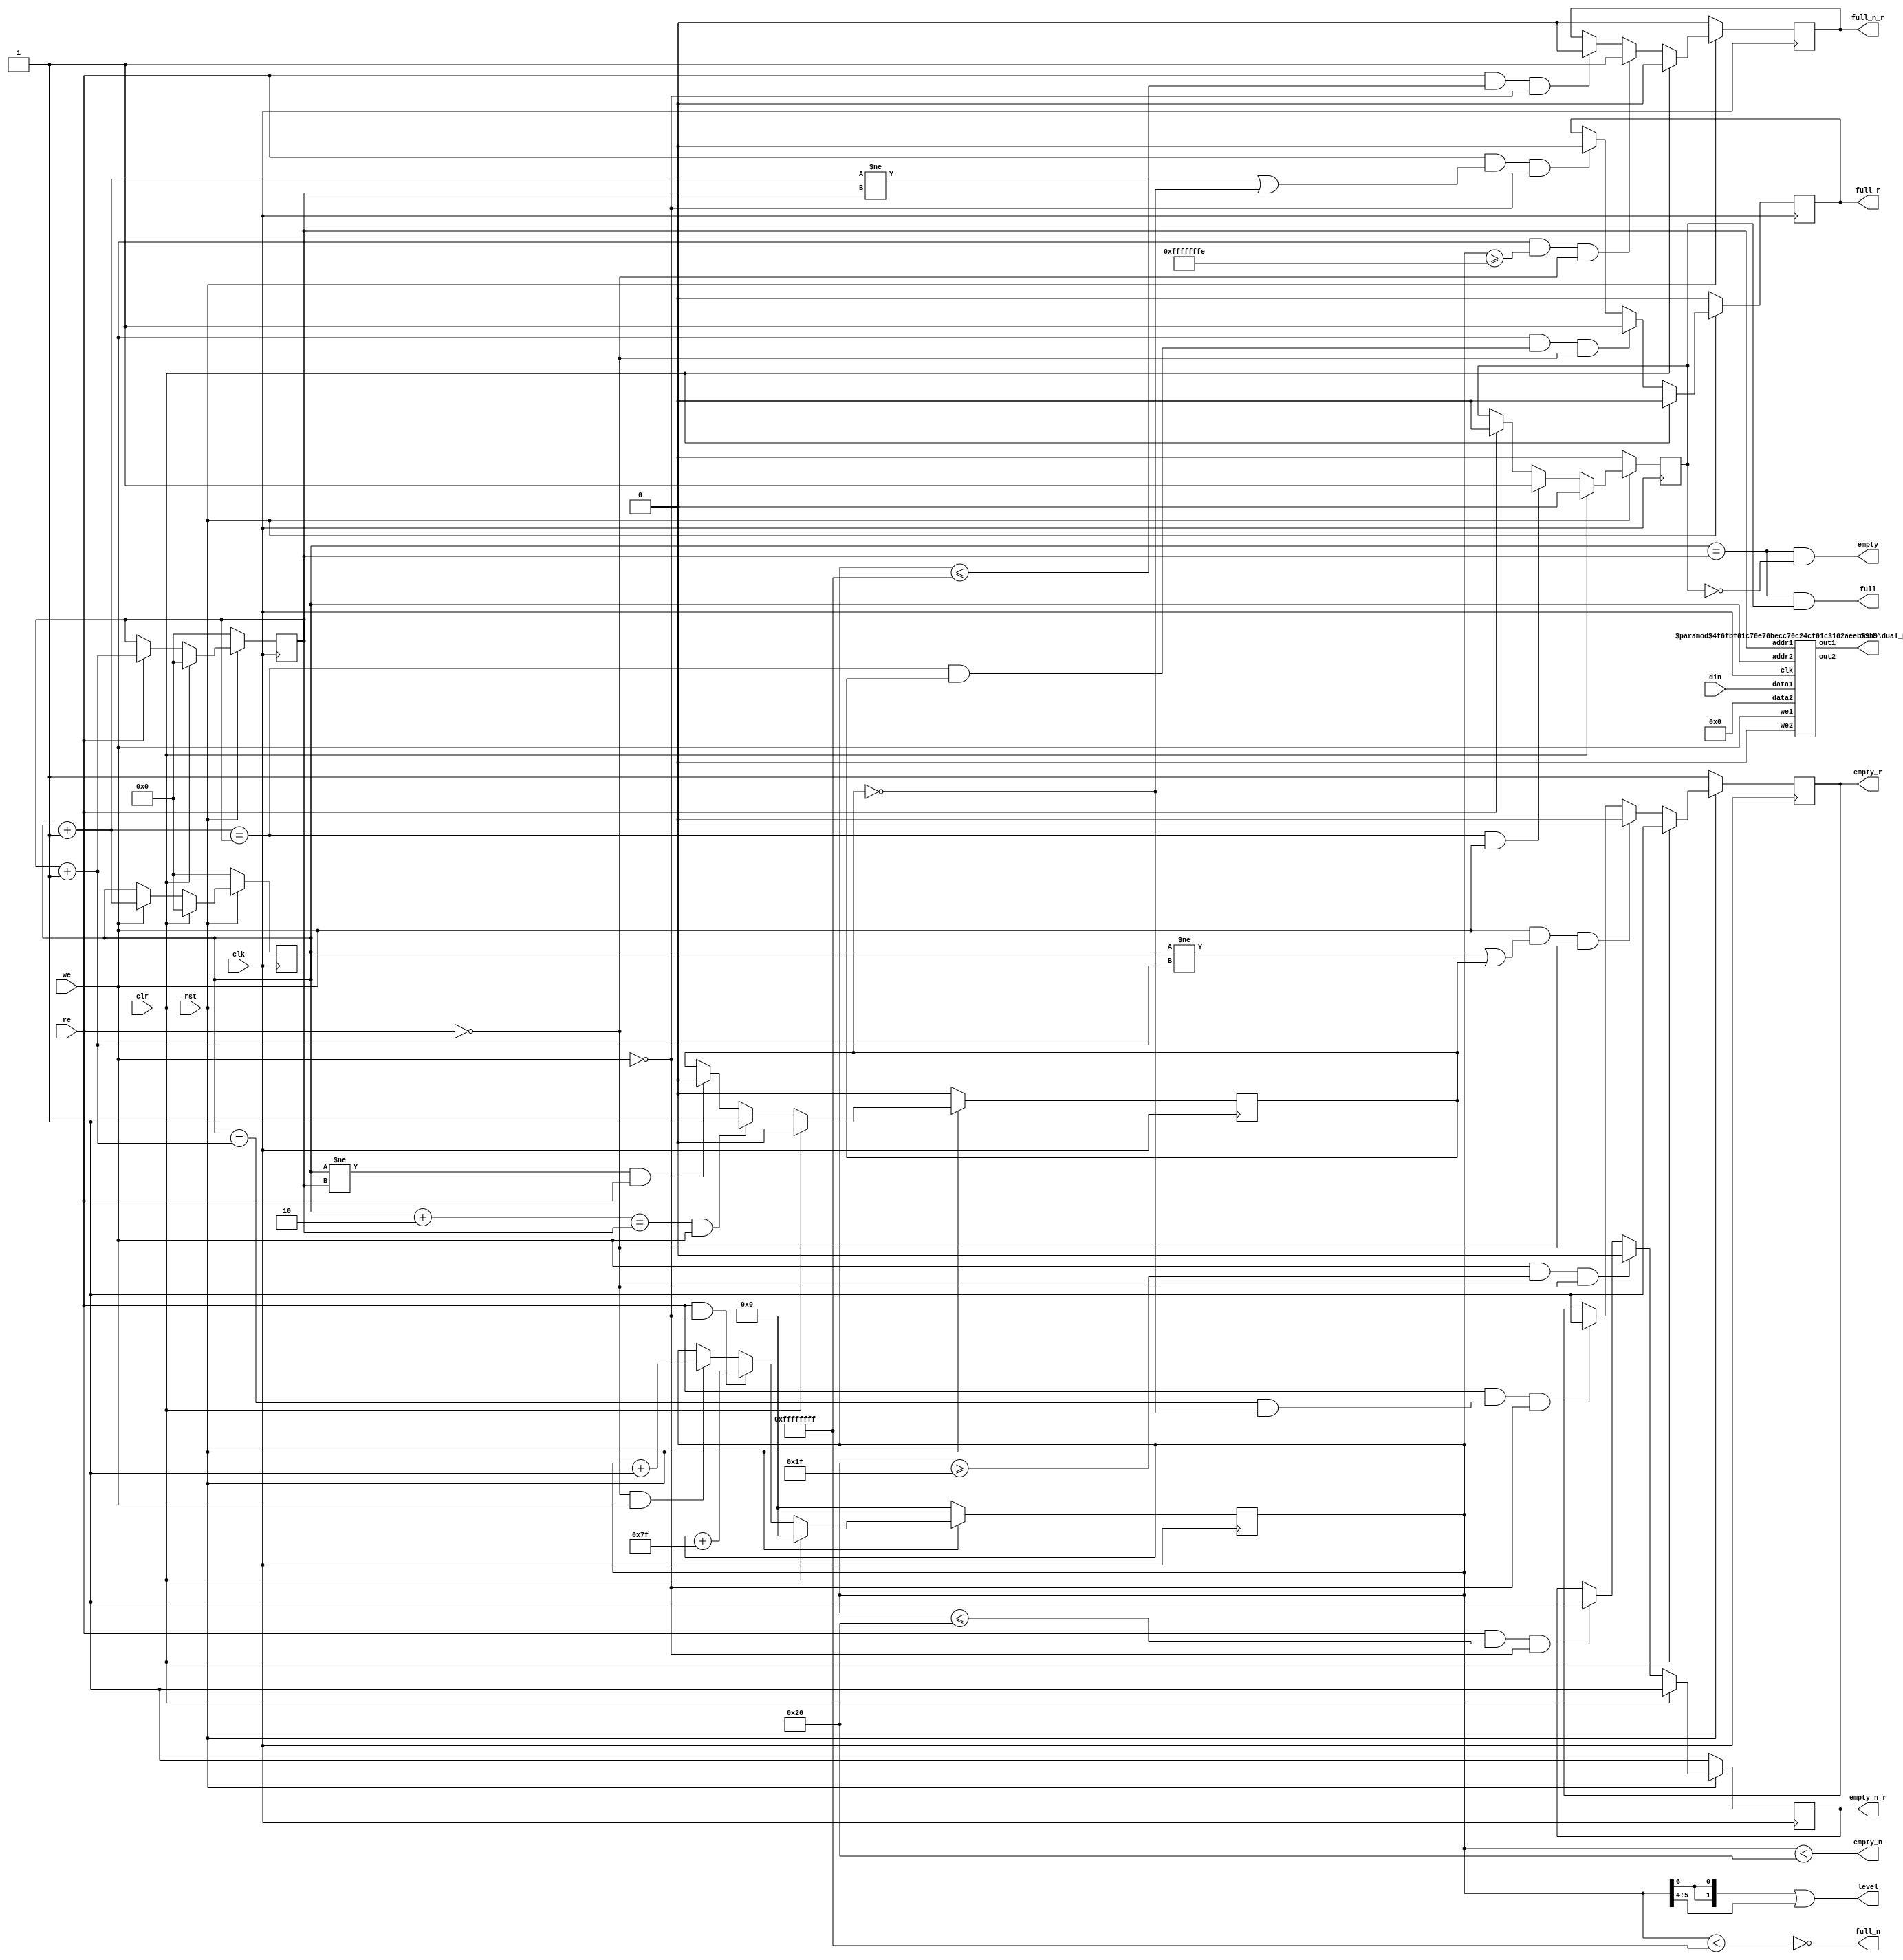
`define  n 32
`define max_size 30
`define SIMULATION_MEMORY
//`define SC_FIFO_ASYNC_RESET				// Uncomment for Syncr. reset
//`define SC_FIFO_ASYNC_RESET	or negedge rst		// Uncomment for Async. reset
 `define dwa  60
`define awa  6
//`define SC_FIFO_ASYNC_RESET				// Uncomment for Syncr. reset
//`define SC_FIFO_ASYNC_RESET	or negedge rst		// Uncomment for Async. reset
 `define dwb  32
`define awb  2
//`define SC_FIFO_ASYNC_RESET				// Uncomment for Syncr. reset
//`define SC_FIFO_ASYNC_RESET	or negedge rst		// Uncomment for Async. reset
 `define dwc  61
`define awc 3

module generic_fifo_sc_a(clk, rst, clr, din, we, dout, re,
			 full, empty,
             full_n, empty_n,
             full_r, empty_r,
			 full_n_r, empty_n_r,
             level);
 /*
parameter dw=8;
parameter aw=8;
parameter n=32;
parameter max_size = 1<<aw;
 */
input			clk, rst, clr;
input	[`dwa-1:0]	din;
input			we;
output	[`dwa-1:0]	dout;
input			re;
output			full, full_r;
output			empty, empty_r;
output			full_n, full_n_r;
output			empty_n, empty_n_r;
output	[1:0]		level;
 
////////////////////////////////////////////////////////////////////
//
// Local Wires
//
 
reg	[`awa-1:0]	wp;
wire	[`awa-1:0]	wp_pl1;
wire	[`awa-1:0]	wp_pl2;
reg	[`awa-1:0]	rp;
wire	[`awa-1:0]	rp_pl1;
reg			full_r;
reg			empty_r;
reg			gb;
reg			gb2;
reg	[`awa:0]		cnt;
wire			full_n, empty_n;
reg			full_n_r, empty_n_r;
 
////////////////////////////////////////////////////////////////////
//
// Memory Block
//
 wire always_zero;
 assign always_zero = 1'b0;
 wire [`dwa-1:0] junk_out;
 
 wire [`dwa-1:0] junk_in;
 
 // manually assign
 assign junk_in = 60'b000000000000000000000000000000000000000000000000000000000000;

defparam ram1.ADDR_WIDTH = `awa;
defparam ram1.DATA_WIDTH = `dwa;
dual_port_ram   ram1(
	.clk(		clk		),
	.addr1(		rp		),
	.addr2(		wp		),
	.we1(		we		),
	.we2(		always_zero		),
	.out1(		dout		),
	.out2(		junk_out		),
	.data1(		din		),
	.data2 (	junk_in)
	);
 
////////////////////////////////////////////////////////////////////
//
// Misc Logic
//
 
always @(posedge clk )
	if(!rst)	wp <=  {6'b000000};
	else
	if(clr)		wp <=  {6'b000000};
	else
	if(we)		wp <=  wp_pl1;
 
assign wp_pl1 = wp + { {5'b00000}, 1'b1};
assign wp_pl2 = wp + { {4'b0000}, 2'b10};
 
always @(posedge clk )
	if(!rst)	rp <=  {6'b000000};
	else
	if(clr)		rp <=  {6'b000000};
	else
	if(re)		rp <=  rp_pl1;
 
assign rp_pl1 = rp + { {5'b00000}, 1'b1};
 
////////////////////////////////////////////////////////////////////
//
// Combinatorial Full & Empty Flags
//
 
assign empty = ((wp == rp) & !gb);
assign full  = ((wp == rp) &  gb);
 
// Guard Bit ...
always @(posedge clk )
	if(!rst)			gb <=  1'b0;
	else
	if(clr)				gb <=  1'b0;
	else
	if((wp_pl1 == rp) & we)		gb <=  1'b1;
	else
	if(re)				gb <=  1'b0;
 
////////////////////////////////////////////////////////////////////
//
// Registered Full & Empty Flags
//
 
// Guard Bit ...
always @(posedge clk )
	if(!rst)			gb2 <=  1'b0;
	else
	if(clr)				gb2 <=  1'b0;
	else
	if((wp_pl2 == rp) & we)		gb2 <=  1'b1;
	else
	if((wp != rp) & re)		gb2 <=  1'b0;
 
always @(posedge clk )
	if(!rst)				full_r <=  1'b0;
	else
	if(clr)					full_r <=  1'b0;
	else
	if(we & ((wp_pl1 == rp) & gb2) & !re)	full_r <=  1'b1;
	else
	if(re & ((wp_pl1 != rp) | !gb2) & !we)	full_r <=  1'b0;
 
always @(posedge clk )
	if(!rst)				empty_r <=  1'b1;
	else
	if(clr)					empty_r <=  1'b1;
	else
	if(we & ((wp != rp_pl1) | gb2) & !re)	empty_r <=  1'b0;
	else
	if(re & ((wp == rp_pl1) & !gb2) & !we)	empty_r <=  1'b1;
 
////////////////////////////////////////////////////////////////////
//
// Combinatorial Full_n & Empty_n Flags
//
 
assign empty_n = cnt < `n;
assign full_n  = !(cnt < (`max_size-`n+1));
assign level = {{cnt[`awa]}, {cnt[`awa]}} | cnt[`awa-1:`awa-2];
 
// N entries status
always @(posedge clk )
	if(!rst)	cnt <=  {6'b000000};
	else
	if(clr)		cnt <=  {6'b000000};
	else
	if( re & !we)	cnt <=  cnt + { 7'b1111111};
	else
	if(!re &  we)	cnt <=  cnt + { {6'b0000}, 1'b1};
 
////////////////////////////////////////////////////////////////////
//
// Registered Full_n & Empty_n Flags
//
 
always @(posedge clk )
	if(!rst)				empty_n_r <=  1'b1;
	else
	if(clr)					empty_n_r <=  1'b1;
	else
	if(we & (cnt >= (`n-1) ) & !re)		empty_n_r <=  1'b0;
	else
	if(re & (cnt <= `n ) & !we)		empty_n_r <=  1'b1;
 
always @(posedge clk )
	if(!rst)				full_n_r <=  1'b0;
	else
	if(clr)					full_n_r <=  1'b0;
	else
	if(we & (cnt >= (`max_size-`n) ) & !re)	full_n_r <=  1'b1;
	else
	if(re & (cnt <= (`max_size-`n+1)) & !we)	full_n_r <=  1'b0;

endmodule

module dual_port_ram(
clk,
addr1,
addr2,
data1,
data2,
we1,
we2,
out1,
out2
);

parameter DATA_WIDTH = 256;
parameter ADDR_WIDTH = 10;
input clk;
input [ADDR_WIDTH-1:0] addr1;
input [ADDR_WIDTH-1:0] addr2;
input [DATA_WIDTH-1:0] data1;
input [DATA_WIDTH-1:0] data2;
input we1;
input we2;
output reg [DATA_WIDTH-1:0] out1;
output reg [DATA_WIDTH-1:0] out2;

reg [DATA_WIDTH-1:0] ram[ADDR_WIDTH-1:0];

always @(posedge clk) begin
  if (we1) begin
    ram[addr1] <= data1;
  end
  else begin
    out1 <= ram[addr1];
  end
end

always @(posedge clk) begin
  if (we2) begin
    ram [addr2] <= data2;
  end
  else begin
    out2 <= ram[addr2];
  end
end

endmodule